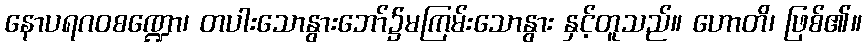
နောပရဂဝစဏ္ဍော၊ တပါးသောနွားဘော်၌မကြမ်းသောနွား နှင့်တူသည်။ ဟောတိ၊ ဖြစ်၏။